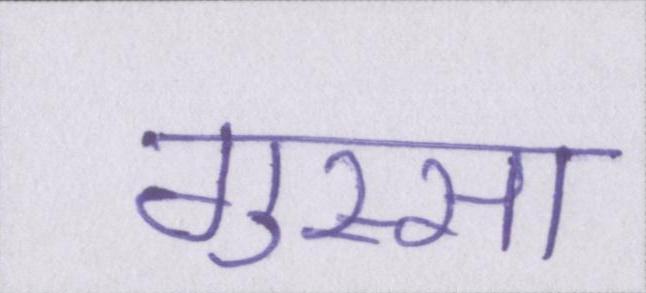
गुस्सा